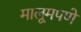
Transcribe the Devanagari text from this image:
मालूमपणे